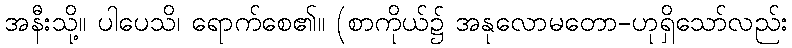
အနီးသို့။ ပါပေသိ၊ ရောက်စေ၏။ (စာကိုယ်၌ အနုလောမတော-ဟုရှိသော်လည်း